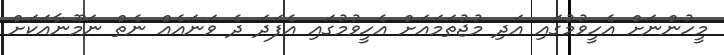
މީހުންނަށް އެހީވުމުގައި އަދި މުޖުތަމައަށް އެހީވުމުގައި އެފަދަ ދެ ވަނައެއް ނެތް ނަމޫނާއަކަށް